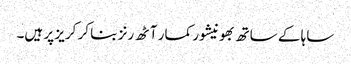
ساہا کے ساتھ بھونیشور کمار آٹھ رنز بنا کر کریز پر ہیں۔